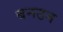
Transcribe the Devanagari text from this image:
बनठन